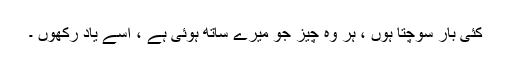
کئی بار سوچتا ہوں ، ہر وہ چیز جو میرے ساتھ ہوئی ہے ، اسے یاد رکھوں ۔